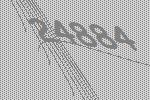
24884